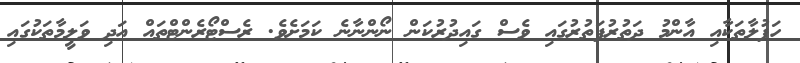
ހަފުލާތަކާއި އާންމު ދަތުރުފަތުރުގައި ވެސް ގައިދުރުކަން ނޯންނާނެ ކަމަށެވެ. ރެސްޓޯރެންޓްތައް އަދި ވަލީމާތަކުގައި